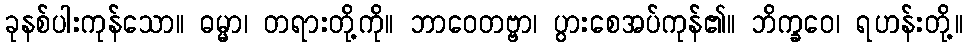
ခုနစ်ပါးကုန်သော။ ဓမ္မာ၊ တရားတို့ကို။ ဘာဝေတဗ္ဗာ၊ ပွားစေအပ်ကုန်၏။ ဘိက္ခဝေ၊ ရဟန်းတို့။